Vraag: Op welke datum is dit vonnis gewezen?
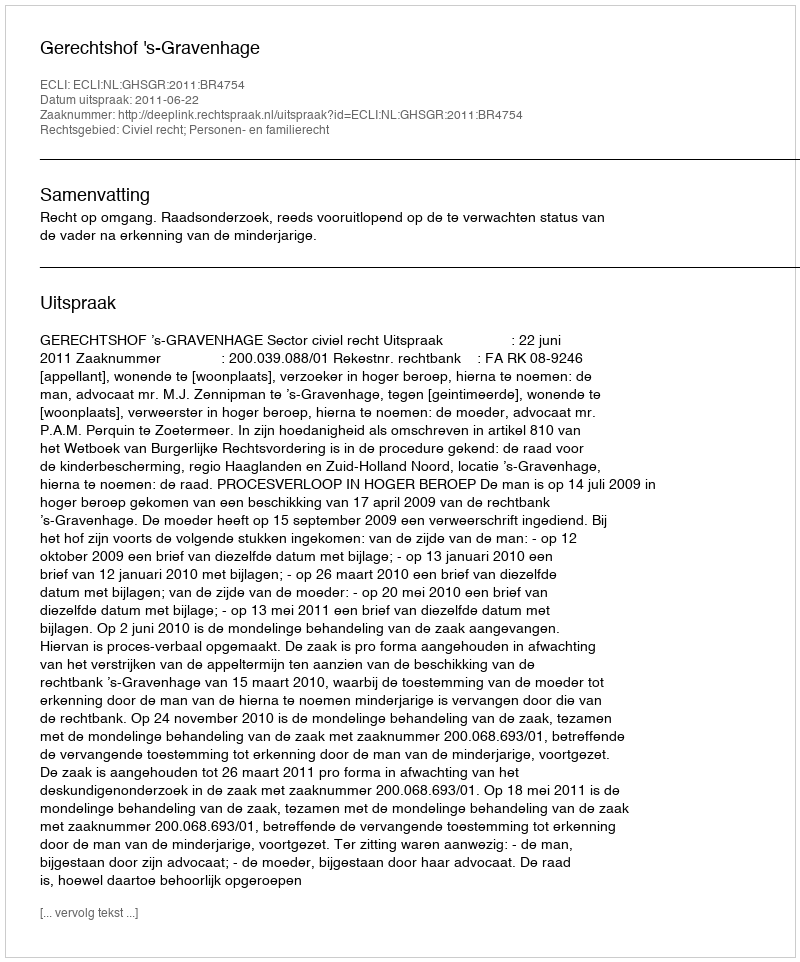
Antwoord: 2011-06-22